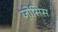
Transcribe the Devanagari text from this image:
जोसिस